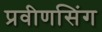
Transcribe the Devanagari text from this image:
प्रवीणसिंग